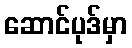
ဆောင်ပုဒ်မှာ